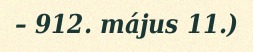
– 912. május 11.)